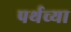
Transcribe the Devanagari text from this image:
पर्थच्या